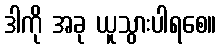
ဒါကို အခု ယူသွားပါရစေ။